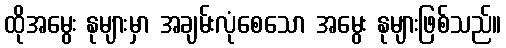
ထိုအမွေး နုများမှာ အချမ်းလုံစေသော အမွေး နုများဖြစ်သည်။